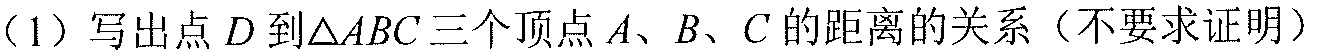
（1）写出点\(D\)到\(\triangle ABC\)三个顶点\(A\)、\(B\)、\(C\)的距离的关系（不要求证明）